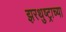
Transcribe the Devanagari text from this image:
झरथुष्ट्राच्या